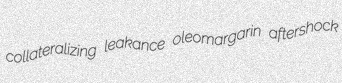
collateralizing leakance oleomargarin aftershock